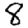
Digit: 8